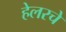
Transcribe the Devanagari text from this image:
हेलरचे